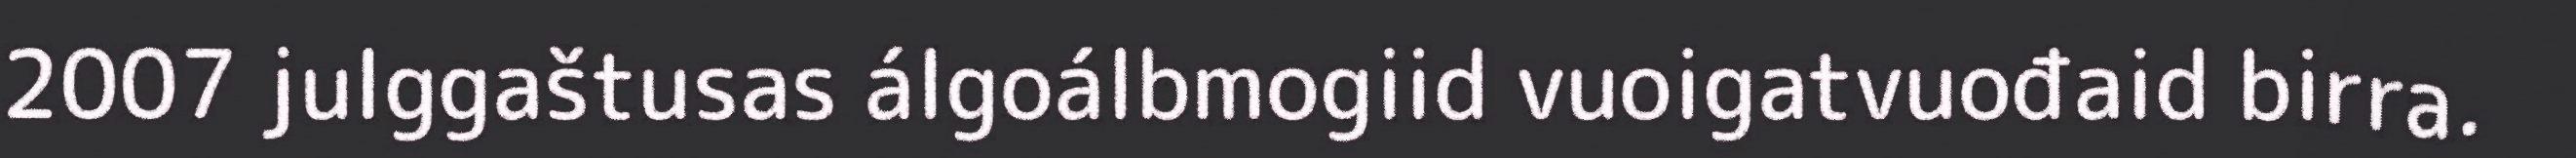
2007 julggaštusas álgoálbmogiid vuoigatvuođaid birra.